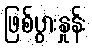
ဖြစ်ပွားနှုန်း